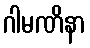
ဂါမဏိနာ